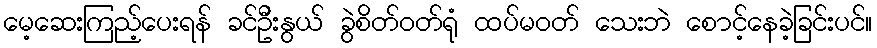
မေ့ဆေးကြည့်ပေးရန် ခင်ဦးနွယ် ခွဲစိတ်ဝတ်ရုံ ထပ်မဝတ် သေးဘဲ စောင့်နေခဲ့ခြင်းပင်။